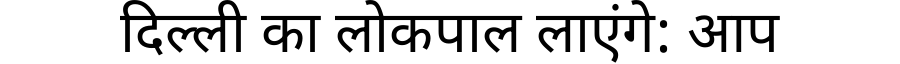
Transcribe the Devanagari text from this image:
दिल्ली का लोकपाल लाएंगे: आप